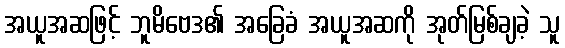
အယူအဆဖြင့် ဘူမိဗေဒ၏ အခြေခံ အယူအဆကို အုတ်မြစ်ချခဲ့ သူ